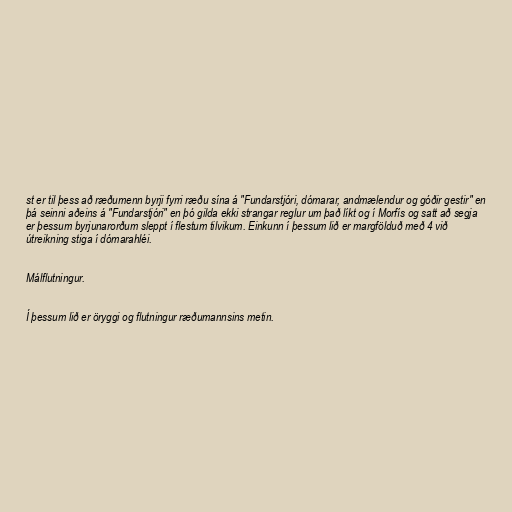
st er til þess að ræðumenn byrji fyrri ræðu sína á "Fundarstjóri, dómarar, andmælendur og góðir gestir" en
þá seinni aðeins á "Fundarstjóri" en þó gilda ekki strangar reglur um það líkt og í Morfís og satt að segja
er þessum byrjunarorðum sleppt í flestum tilvikum. Einkunn í þessum lið er margfölduð með 4 við
útreikning stiga í dómarahléi.

Málflutningur.

Í þessum lið er öryggi og flutningur ræðumannsins metin.